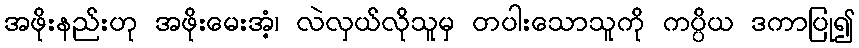
အဖိုးနည်းဟု အဖိုးမေးအံ့၊ လဲလှယ်လိုသူမှ တပါးသောသူကို ကပ္ပိယ ဒကာပြု၍